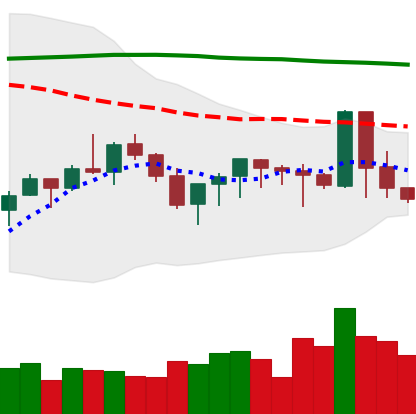
Ticker: XMR-USD
Chart end date: 2019-09-21
Forward return: -20.944%
Label: down_7plus